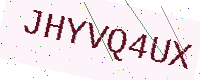
Text: JHYVQ4UX